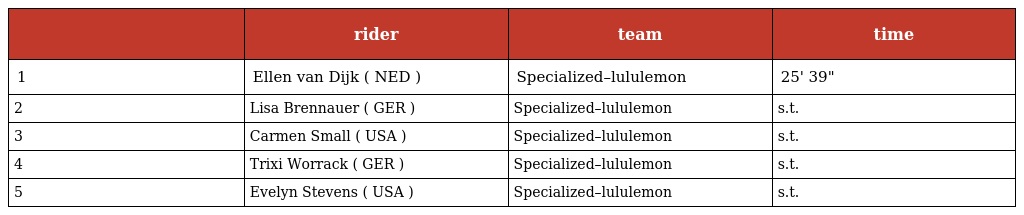
|  | rider | team | time |
 | --- | --- | --- | --- |
 | 1 | Ellen van Dijk ( NED ) | Specialized–lululemon | 25' 39" |
 | 2 | Lisa Brennauer ( GER ) | Specialized–lululemon | s.t. |
 | 3 | Carmen Small ( USA ) | Specialized–lululemon | s.t. |
 | 4 | Trixi Worrack ( GER ) | Specialized–lululemon | s.t. |
 | 5 | Evelyn Stevens ( USA ) | Specialized–lululemon | s.t. |